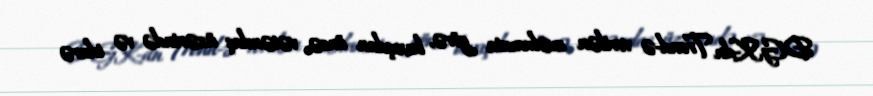
DGK-dn Trend-ə verilən məlumata görə, baxışdan öncə, vətəndaş üzərində və idarə